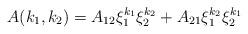
LaTeX: \begin{align*}A(k_{1},k_{2})=A_{12}\xi _{1}^{k_{1}}\xi _{2}^{k_{2}}+A_{21}\xi_{1}^{k_{2}}\xi _{2}^{k_{1}} \end{align*}